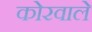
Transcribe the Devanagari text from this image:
कोरवाले